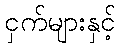
ငှက်များနှင့်